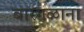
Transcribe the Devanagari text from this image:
बारगळाना